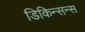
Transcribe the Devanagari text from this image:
डिकिन्सन्स